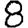
Digit: 8